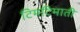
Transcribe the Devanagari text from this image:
टिमटिमाती